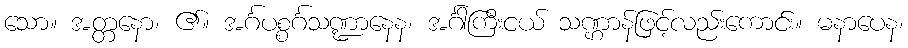
သော။ အတ္တနော၊ ၏။ အင်္ဂပစ္စင်္ဂသဏ္ဍာနေန၊ အင်္ဂါကြီးငယ် သဏ္ဌာန်ဖြင့်လည်းကောင်း။ မနာပေန၊